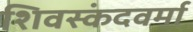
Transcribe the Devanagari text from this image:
शिवस्कंदवर्मा